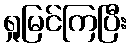
ရှုမြင်ကြပြီး